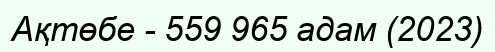
Ақтөбе - 559 965 адам (2023)